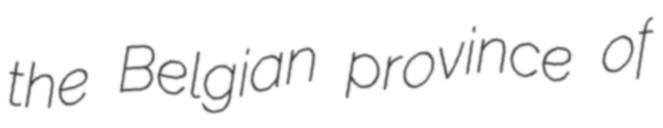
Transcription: the Belgian province of